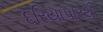
દરિયાપારથી